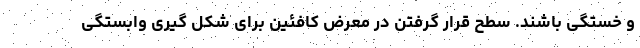
و خستگی باشند. سطح قرار گرفتن در معرض کافئین برای شکل گیری وابستگی